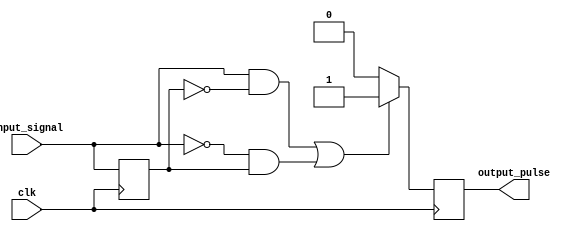
module PulseEdgeDetector (
    input wire clk,              // Clock signal
    input wire input_signal,     // Input signal to detect edges
    output reg output_pulse      // Output pulse signal
);

    // Memory block to store the previous state of the input signal
    reg previous_state;

    always @(posedge clk) begin
        // Check for rising or falling edge
        if ((input_signal == 1'b1 && previous_state == 1'b0) || // Rising edge
            (input_signal == 1'b0 && previous_state == 1'b1))  // Falling edge
        begin
            output_pulse <= 1'b1;  // Generate output pulse
        end
        else begin
            output_pulse <= 1'b0;  // No edge detected
        end
        
        // Update the previous state of the input signal
        previous_state <= input_signal;
    end

endmodule